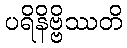
ပရိနိဗ္ဗိဿတိ